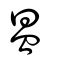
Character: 昷